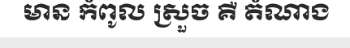
មាន កំពូល ស្រួច គឺ តំណាង